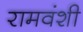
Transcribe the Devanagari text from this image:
रामवंशी